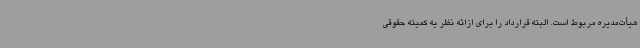
هیأت‌مدیره مربوط است. البته قرارداد را برای ازائه نظر یه کمیته حقوقی